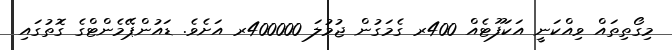
މިގޯތިތައް ވިއްކަނީ އަކަފޫޓެއް 400ރ ގެމަގުން ޖުމުލަ 400000ރ އަށެވެ. ޑައުންޕޭމެންޓްގެ ގޮތުގައި